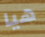
هيا